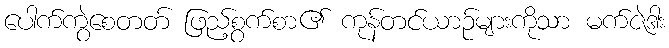
ပေါက်ကွဲစေတတ် ဖြည့်စွက်စာ၏ ကုန်တင်ယာဉ်များကိုသာ မက်ဇဲဒါး